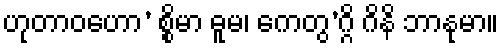
ဟုတာဝဟော’ စ္စိမာ ဓူမ၊ ကေတွ’ဂ္ဂိ ဂိနိ ဘာနုမာ။